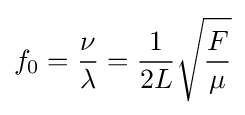
f_{0}={\frac {\nu }{\lambda }}={\frac {1}{2L}}{\sqrt {\frac {F}{\mu }}}